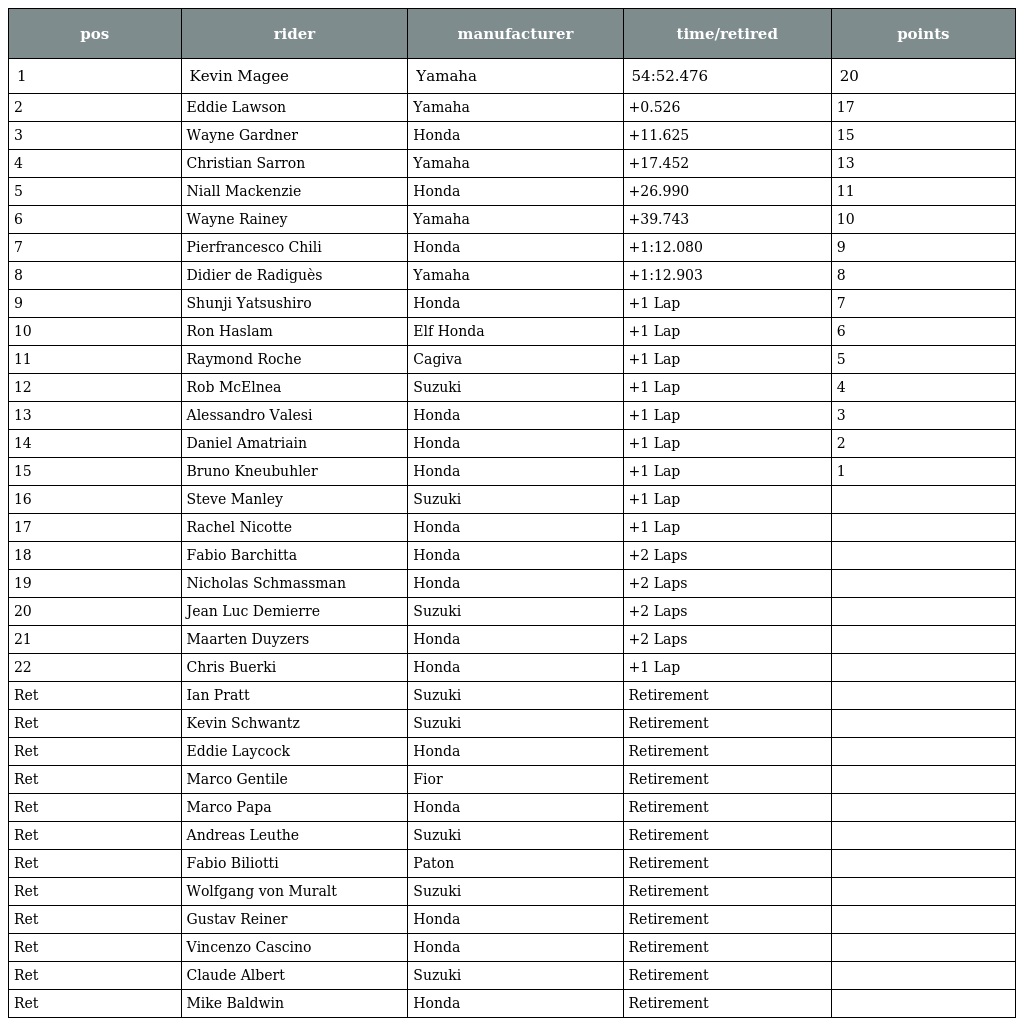
| pos | rider | manufacturer | time/retired | points |
 | --- | --- | --- | --- | --- |
 | 1 | Kevin Magee | Yamaha | 54:52.476 | 20 |
 | 2 | Eddie Lawson | Yamaha | +0.526 | 17 |
 | 3 | Wayne Gardner | Honda | +11.625 | 15 |
 | 4 | Christian Sarron | Yamaha | +17.452 | 13 |
 | 5 | Niall Mackenzie | Honda | +26.990 | 11 |
 | 6 | Wayne Rainey | Yamaha | +39.743 | 10 |
 | 7 | Pierfrancesco Chili | Honda | +1:12.080 | 9 |
 | 8 | Didier de Radiguès | Yamaha | +1:12.903 | 8 |
 | 9 | Shunji Yatsushiro | Honda | +1 Lap | 7 |
 | 10 | Ron Haslam | Elf Honda | +1 Lap | 6 |
 | 11 | Raymond Roche | Cagiva | +1 Lap | 5 |
 | 12 | Rob McElnea | Suzuki | +1 Lap | 4 |
 | 13 | Alessandro Valesi | Honda | +1 Lap | 3 |
 | 14 | Daniel Amatriain | Honda | +1 Lap | 2 |
 | 15 | Bruno Kneubuhler | Honda | +1 Lap | 1 |
 | 16 | Steve Manley | Suzuki | +1 Lap |  |
 | 17 | Rachel Nicotte | Honda | +1 Lap |  |
 | 18 | Fabio Barchitta | Honda | +2 Laps |  |
 | 19 | Nicholas Schmassman | Honda | +2 Laps |  |
 | 20 | Jean Luc Demierre | Suzuki | +2 Laps |  |
 | 21 | Maarten Duyzers | Honda | +2 Laps |  |
 | 22 | Chris Buerki | Honda | +1 Lap |  |
 | Ret | Ian Pratt | Suzuki | Retirement |  |
 | Ret | Kevin Schwantz | Suzuki | Retirement |  |
 | Ret | Eddie Laycock | Honda | Retirement |  |
 | Ret | Marco Gentile | Fior | Retirement |  |
 | Ret | Marco Papa | Honda | Retirement |  |
 | Ret | Andreas Leuthe | Suzuki | Retirement |  |
 | Ret | Fabio Biliotti | Paton | Retirement |  |
 | Ret | Wolfgang von Muralt | Suzuki | Retirement |  |
 | Ret | Gustav Reiner | Honda | Retirement |  |
 | Ret | Vincenzo Cascino | Honda | Retirement |  |
 | Ret | Claude Albert | Suzuki | Retirement |  |
 | Ret | Mike Baldwin | Honda | Retirement |  |